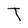
Character: T